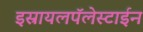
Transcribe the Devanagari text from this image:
इस्रायलपॅलेस्टाईन